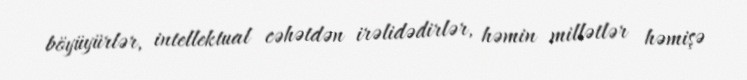
böyüyürlər, intellektual cəhətdən irəlidədirlər, həmin millətlər həmişə